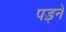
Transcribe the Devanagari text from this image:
पड़्ने